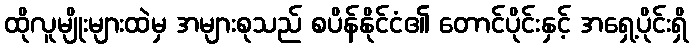
ထိုလူမျိုးများထဲမှ အများစုသည် စပိန်နိုင်ငံ၏ တောင်ပိုင်းနှင့် အရှေ့ပိုင်းရှိ